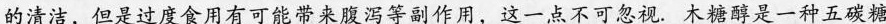
的清洁，但是过度食用有可能带来腹泻等副作用，这一点不可忽视。木糖醇是一种五碳糖